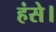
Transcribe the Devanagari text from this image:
हंसे।